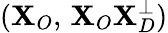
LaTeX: (\mathbf{X}_{O},\, \mathbf{X}_{O}\mathbf{X}_{D}^{\perp})